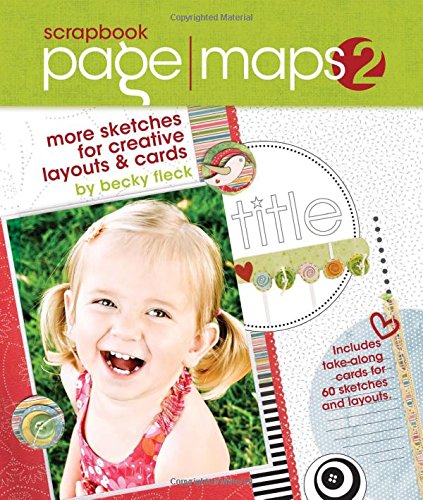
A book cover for Scrapbook Page Maps 2: More Sketches for Creative Layouts and Cards; Becky Fleck; Crafts, Hobbies & Home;